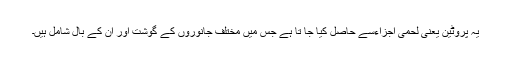
یہ پروٹین یعنی لحمی اجزاءسے حاصل کیا جا تا ہے جس میں مختلف جانوروں کے گوشت اور ان کے بال شامل ہیں۔